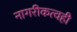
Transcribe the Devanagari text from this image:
नागरीकत्वही